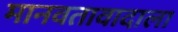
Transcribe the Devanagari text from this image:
मानवतावादाला